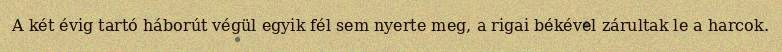
A két évig tartó háborút végül egyik fél sem nyerte meg, a rigai békével zárultak le a harcok.